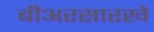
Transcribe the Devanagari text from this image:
बीअरसारखे